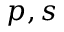
p , s